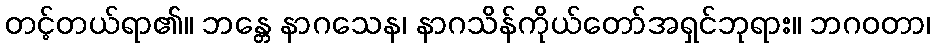
တင့်တယ်ရာ၏။ ဘန္တေ နာဂသေန၊ နာဂသိန်ကိုယ်တော်အရှင်ဘုရား။ ဘဂဝတာ၊